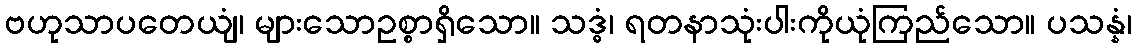
ဗဟုသာပတေယျံ၊ များသောဥစ္စာရှိသော။ သဒ္ဓံ၊ ရတနာသုံးပါးကိုယုံကြည်သော။ ပသန္နံ၊